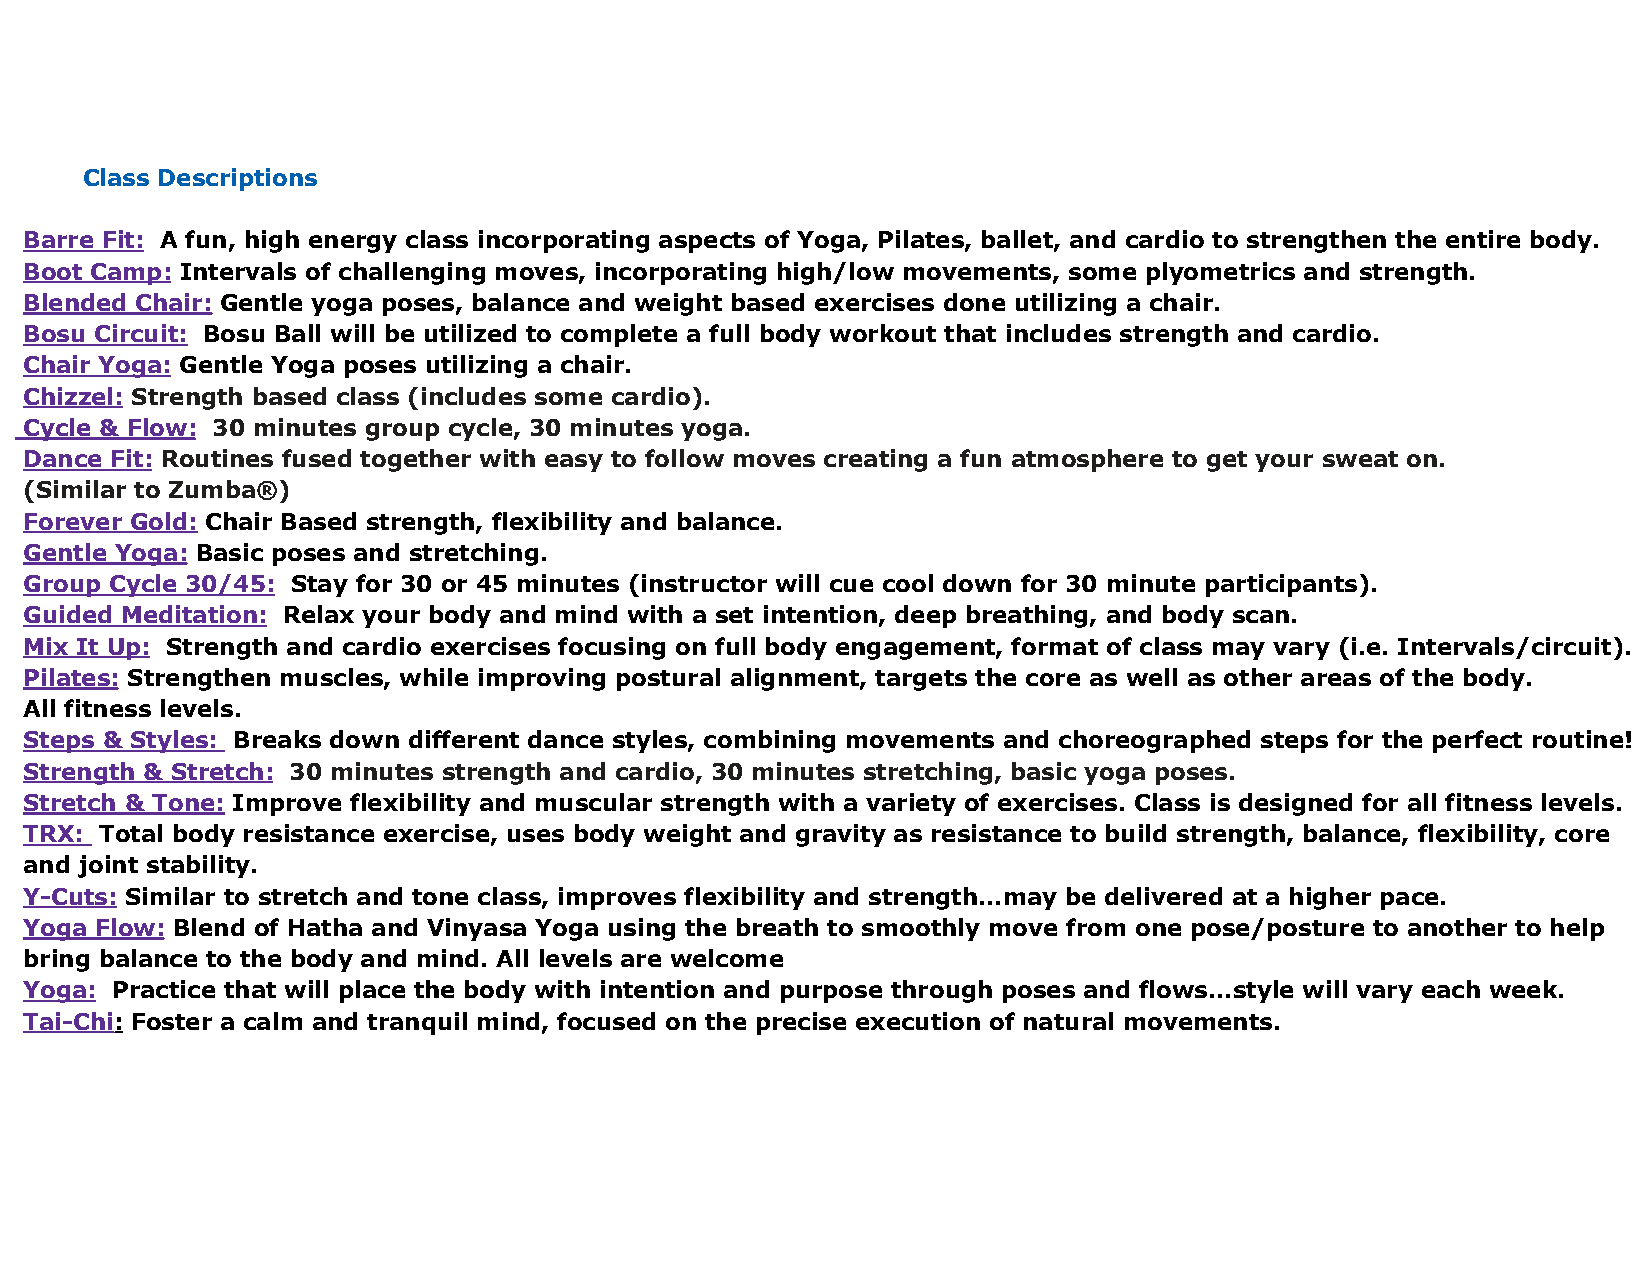
Class Descriptions
 Barre Fit: A fun, high energy class incorporating aspects of Yoga, Pilates, ballet, and cardio to strengthen the entire body.
 Boot Camp: Intervals of challenging moves, incorporating high/low movements, some plyometrics and strength.
 Blended Chair: Gentle yoga poses, balance and weight based exercises done utilizing a chair.
 Bosu Circuit: Bosu Ball will be utilized to complete a full body workout that includes strength and cardio.
 Chair Yoga: Gentle Yoga poses utilizing a chair.
 Chizzel: Strength based class (includes some cardio).
 Cycle & Flow: 30 minutes group cycle, 30 minutes yoga.
 Dance Fit: Routines fused together with easy to follow moves creating a fun atmosphere to get your sweat on.
 (Similar to Zumba®)
 Forever Gold: Chair Based strength, flexibility and balance.
 Gentle Yoga: Basic poses and stretching.
 Group Cycle 30/45: Stay for 30 or 45 minutes (instructor will cue cool down for 30 minute participants).
 Guided Meditation: Relax your body and mind with a set intention, deep breathing, and body scan.
 Mix It Up: Strength and cardio exercises focusing on full body engagement, format of class may vary (i.e. Intervals/circuit).
 Pilates: Strengthen muscles, while improving postural alignment, targets the core as well as other areas of the body.
 All fitness levels.
 Steps & Styles: Breaks down different dance styles, combining movements and choreographed steps for the perfect routine!
 Strength & Stretch: 30 minutes strength and cardio, 30 minutes stretching, basic yoga poses.
 Stretch & Tone: Improve flexibility and muscular strength with a variety of exercises. Class is designed for all fitness levels.
 TRX: Total body resistance exercise, uses body weight and gravity as resistance to build strength, balance, flexibility, core
 and joint stability.
 Y-Cuts: Similar to stretch and tone class, improves flexibility and strength...may be delivered at a higher pace.
 Yoga Flow: Blend of Hatha and Vinyasa Yoga using the breath to smoothly move from one pose/posture to another to help
 bring balance to the body and mind. All levels are welcome
 Yoga: Practice that will place the body with intention and purpose through poses and flows...style will vary each week.
 Tai-Chi: Foster a calm and tranquil mind, focused on the precise execution of natural movements.